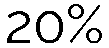
20%